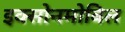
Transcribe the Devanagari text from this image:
इक्सोनमोबिल